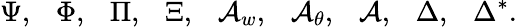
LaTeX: \Psi,~~~\Phi,~~~\Pi,~~~\Xi,~~~{\cal A}_{w},~~~{\cal A}_{\theta},~~~{\cal A},~~~\Delta,~~~\Delta^{*}.